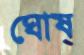
ঘোষ্‌